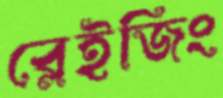
ব্লেইজিং